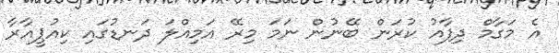
އެ މަގާމް ދިފާއު ކުރަން ބޭނުން ނަމަ މިރޭ އަމިއްލަ ދަނޑުގައި ކިއުޕީއާރާ